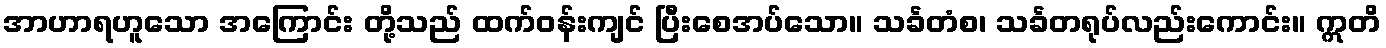
အာဟာရဟူသော အကြောင်း တို့သည် ထက်ဝန်းကျင် ပြီးစေအပ်သော။ သင်္ခတံစ၊ သင်္ခတရုပ်လည်းကောင်း။ ဣတိ